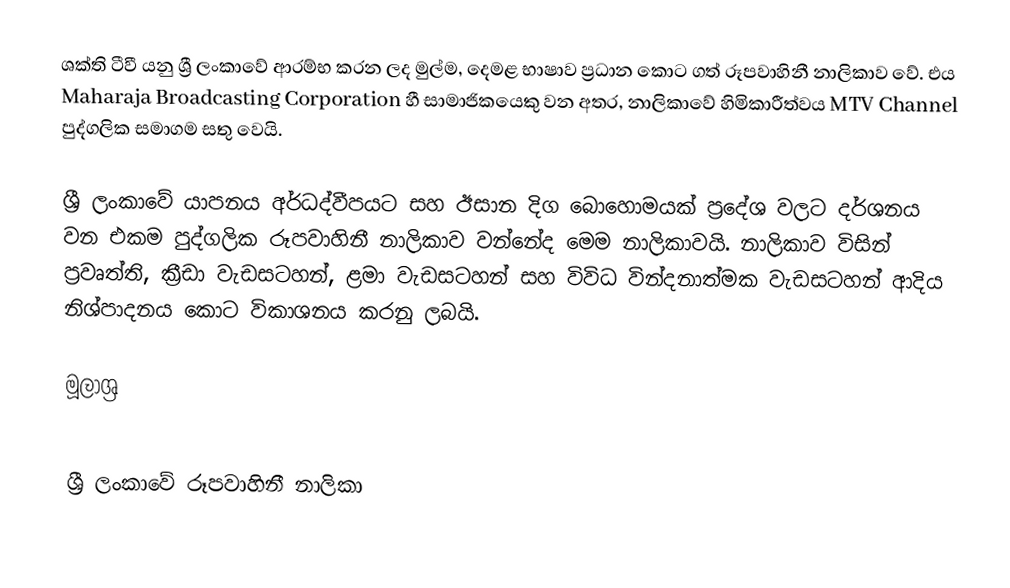
ශක්ති ටීවී යනු ශ්‍රී ලංකාවේ ආරම්භ කරන ලද මුල්ම, දෙමළ භාෂාව ප්‍රධාන කොට ගත් රූපවාහිනී නාලිකාව වේ. එය Maharaja Broadcasting Corporation හී සාමාජිකයෙකු වන අතර, නාලිකාවේ හිමිකාරීත්වය MTV Channel පුද්ගලික සමාගම සතු වෙයි.

ශ්‍රී ලංකාවේ යාපනය අර්ධද්වීපයට සහ ඊසාන දිග බොහොමයක් ප්‍රදේශ වලට දර්ශනය වන එකම පුද්ගලික රූපවාහිනී නාලිකාව වන්නේද මෙම නාලිකාවයි. නාලිකාව විසින් ප්‍රවෘත්ති, ක්‍රීඩා වැඩසටහන්, ළමා වැඩසටහන් සහ විවිධ වින්දනාත්මක වැඩසටහන් ආදිය නිශ්පාදනය කොට විකාශනය කරනු ලබයි.

මූලාශ්‍ර

ශ්‍රී ලංකාවේ රූපවාහිනී නාලිකා